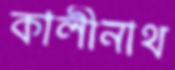
কালীনাথ